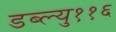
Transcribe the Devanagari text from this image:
डब्ल्यु११६